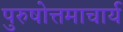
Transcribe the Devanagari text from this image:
पुरुषोत्तमाचार्य